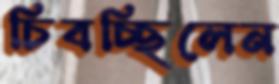
চিবচ্ছিলেন